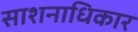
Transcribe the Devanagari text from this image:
साशनाधिकार